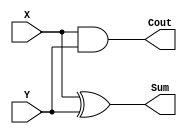
//verilog code of HalfAdders
module HalfAdder(X, Y, Cout, Sum);
  input X, Y;
  output Cout, Sum;
  wire X, Y;
  wire Cout, Sum;
  xor g1 (Sum, X, Y);
  and g2 (Cout, X, Y);
endmodule